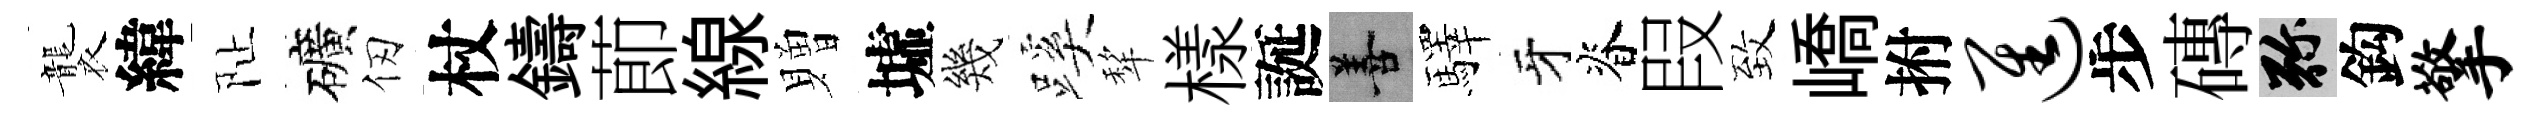
襲緯阯礦仞杖鑄莭線贈墟幾蹊犂樣誕善驛牙脊叚致嶠拊进步磚弥鈎擎